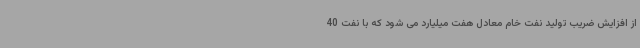
از افزایش ضریب تولید نفت خام معادل هفت میلیارد می شود که با نفت 40